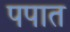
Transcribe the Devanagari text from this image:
पपात